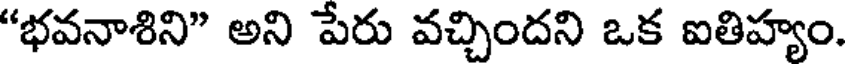
"భవనాశిని" అని పేరు వచ్చిందని ఒక ఐతిహ్యం.